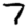
Digit: 7